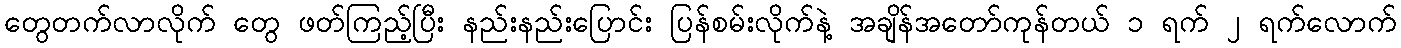
တွေတက်လာလိုက် တွေ ဖတ်ကြည့်ပြီး နည်းနည်းပြောင်း ပြန်စမ်းလိုက်နဲ့ အချိန်အတော်ကုန်တယ် ၁ ရက် ၂ ရက်လောက်